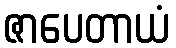
ဇာပေတာယံ